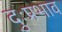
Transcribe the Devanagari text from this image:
दुःप्रभाव